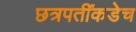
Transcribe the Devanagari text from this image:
छत्रपतींकडेच